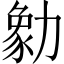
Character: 勨